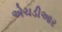
એચડીઆર